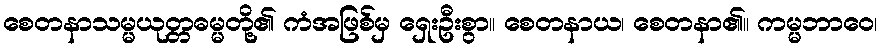
စေတနာသမ္မယုတ္တဓမ္မတို့၏ ကံအဖြစ်မှ ရှေးဦးစွာ။ စေတနာယ၊ စေတနာ၏။ ကမ္မဘာဝေ၊